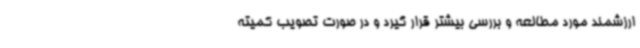
ارزشمند مورد مطالعه و بررسی بیشتر قرار گیرد و در صورت تصویب کمیته